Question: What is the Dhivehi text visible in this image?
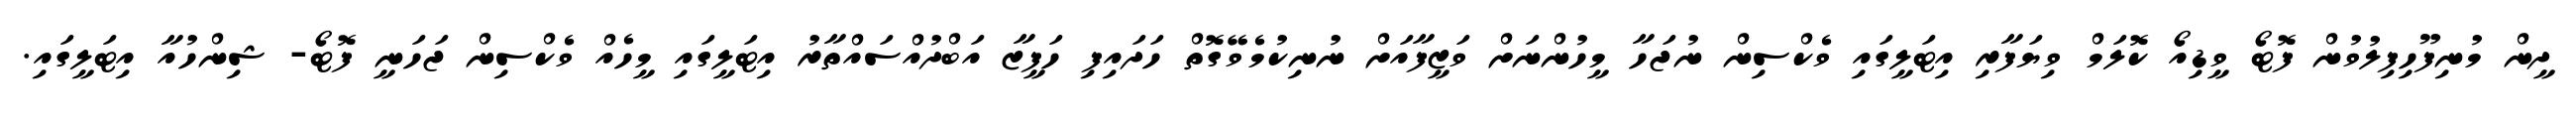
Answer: ދީން މުނިފޫހިފިލުވުން ފޮޓޯ ވީޑިއޯ ކޮލަމް ވިޔަފާރި އިޓަލީގައި ވެކްސިން ނުޖަހާ މީހުންނަށް ވަޒީފާއަށް ނުނިކުމެވޭގޮތް ހަދައިފި ހަފީޒާ އަބްދުއްސައްތާރު އިޓަލީގައި މީހެއް ވެކްސިން ޖަހަނީ ފޮޓޯ- ޝިންހުއާ އިޓަލީގައި.